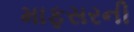
માફસરની